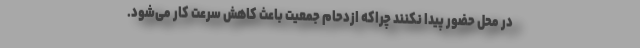
در محل حضور پیدا نکنند چراکه ازدحام جمعیت باعث کاهش سرعت کار می‌شود.